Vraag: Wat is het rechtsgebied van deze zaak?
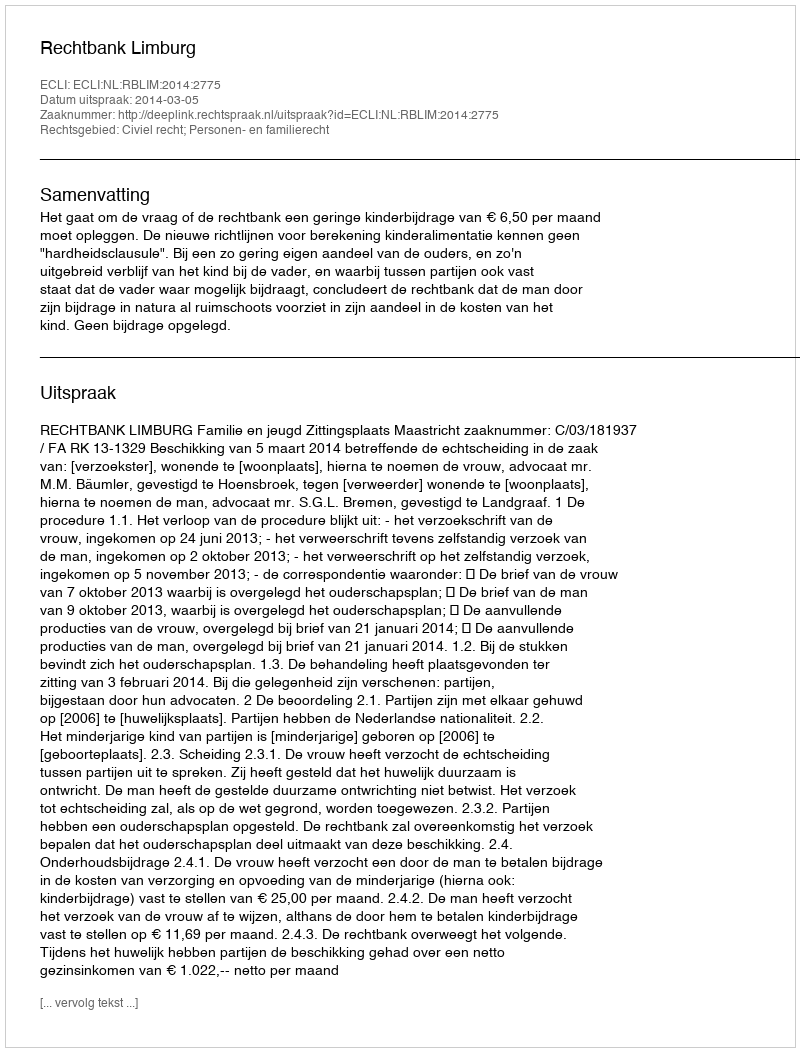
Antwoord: Civiel recht; Personen- en familierecht